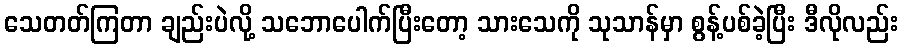
သေတတ်ကြတာ ချည်းပဲလို့ သဘောပေါက်ပြီးတော့ သားသေကို သုသာန်မှာ စွန့်ပစ်ခဲ့ပြီး ဒီလိုလည်း